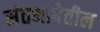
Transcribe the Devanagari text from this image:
संतभाषेतील